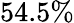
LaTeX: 54.5\%